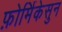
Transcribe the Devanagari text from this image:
फ़ोर्मिकेसुन